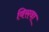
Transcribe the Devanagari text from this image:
विसवा